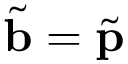
\tilde { \bf b } = \tilde { \bf p }